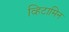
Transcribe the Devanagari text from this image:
व्हिटामिन